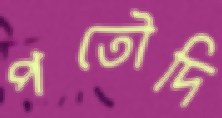
পতৌদি